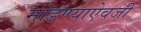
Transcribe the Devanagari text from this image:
मांडण्याऐवजी